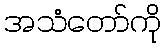
အသံတော်ကို